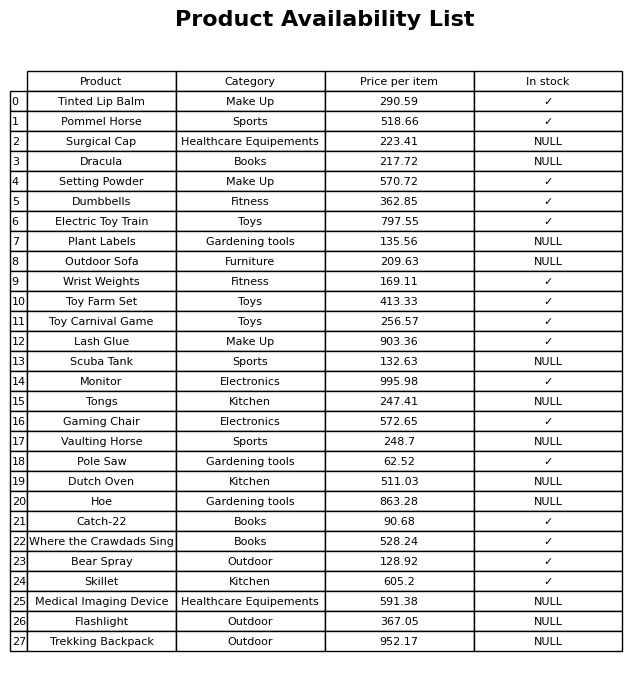
question: Is the Plant Labels in stock?
answer: NULL